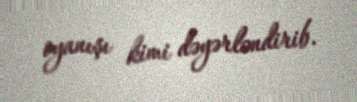
oyanışı kimi dəyərləndirib.